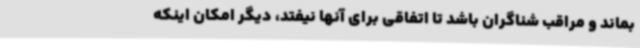
بماند و مراقب شناگران باشد تا اتفاقی برای آنها نیفتد، دیگر امکان اینکه